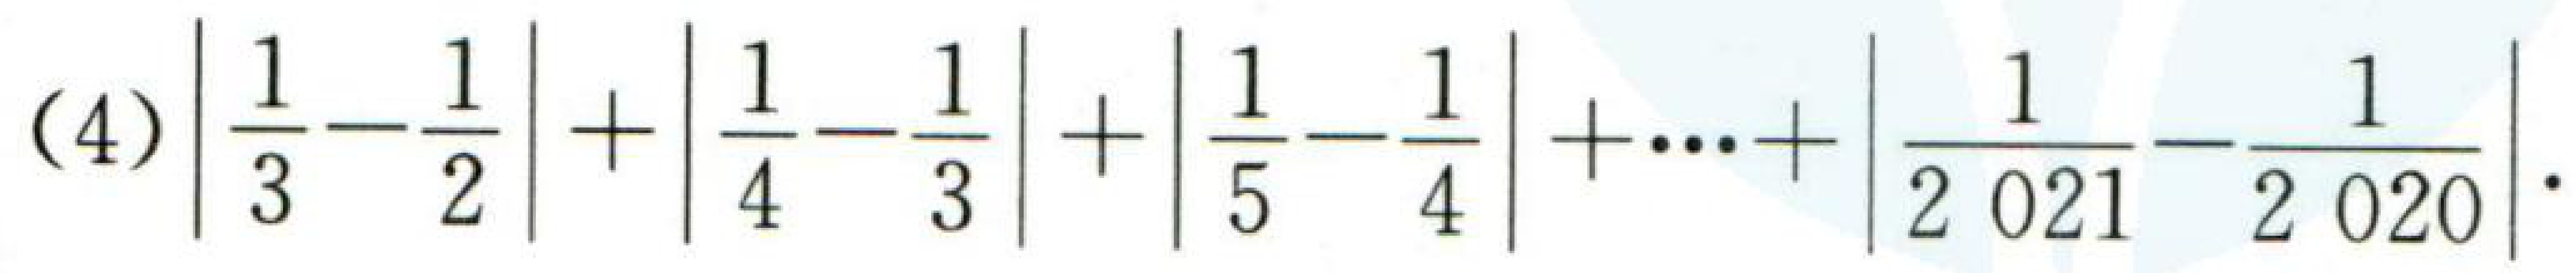
(4)$\left|\frac{1}{3}-\frac{1}{2}\right|+\left|\frac{1}{4}-\frac{1}{3}\right|+\left|\frac{1}{5}-\frac{1}{4}\right|+\cdots+\left|\frac{1}{2\,021}-\frac{1}{2\,020}\right|$